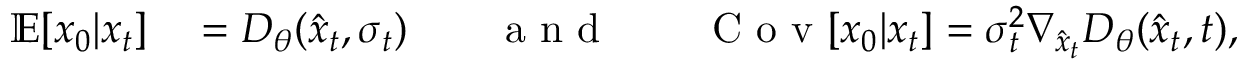
\begin{array} { r l } { \mathbb { E } [ x _ { 0 } | x _ { t } ] } & { { } = D _ { \theta } ( \hat { x } _ { t } , \sigma _ { t } ) \qquad \mathrm { ~ a ~ n ~ d ~ } \qquad \mathrm { ~ C ~ o ~ v ~ } [ x _ { 0 } | x _ { t } ] = \sigma _ { t } ^ { 2 } \nabla _ { \hat { x } _ { t } } D _ { \theta } ( \hat { x } _ { t } , t ) , } \end{array}